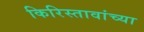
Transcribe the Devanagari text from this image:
किरिस्तावांच्या